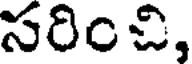
సరించి,